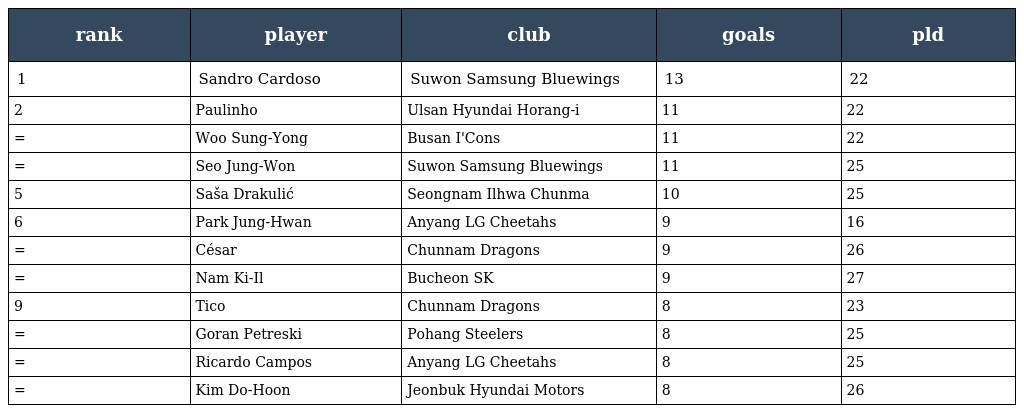
| rank | player | club | goals | pld |
 | --- | --- | --- | --- | --- |
 | 1 | Sandro Cardoso | Suwon Samsung Bluewings | 13 | 22 |
 | 2 | Paulinho | Ulsan Hyundai Horang-i | 11 | 22 |
 | = | Woo Sung-Yong | Busan I'Cons | 11 | 22 |
 | = | Seo Jung-Won | Suwon Samsung Bluewings | 11 | 25 |
 | 5 | Saša Drakulić | Seongnam Ilhwa Chunma | 10 | 25 |
 | 6 | Park Jung-Hwan | Anyang LG Cheetahs | 9 | 16 |
 | = | César | Chunnam Dragons | 9 | 26 |
 | = | Nam Ki-Il | Bucheon SK | 9 | 27 |
 | 9 | Tico | Chunnam Dragons | 8 | 23 |
 | = | Goran Petreski | Pohang Steelers | 8 | 25 |
 | = | Ricardo Campos | Anyang LG Cheetahs | 8 | 25 |
 | = | Kim Do-Hoon | Jeonbuk Hyundai Motors | 8 | 26 |